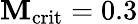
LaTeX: \mathbf{M}_{\mathrm{{crit}}}=0.3